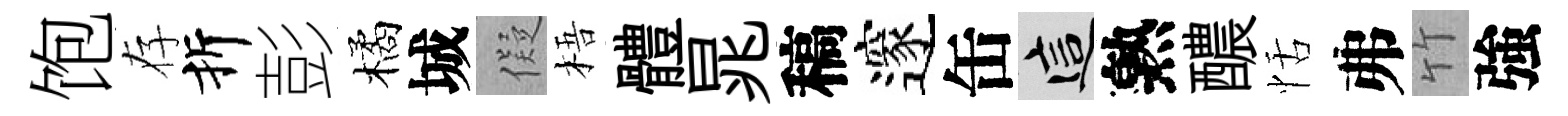
饱存折彭橘城儗梧體晁稿邃缶這熟醲恬弗竹強